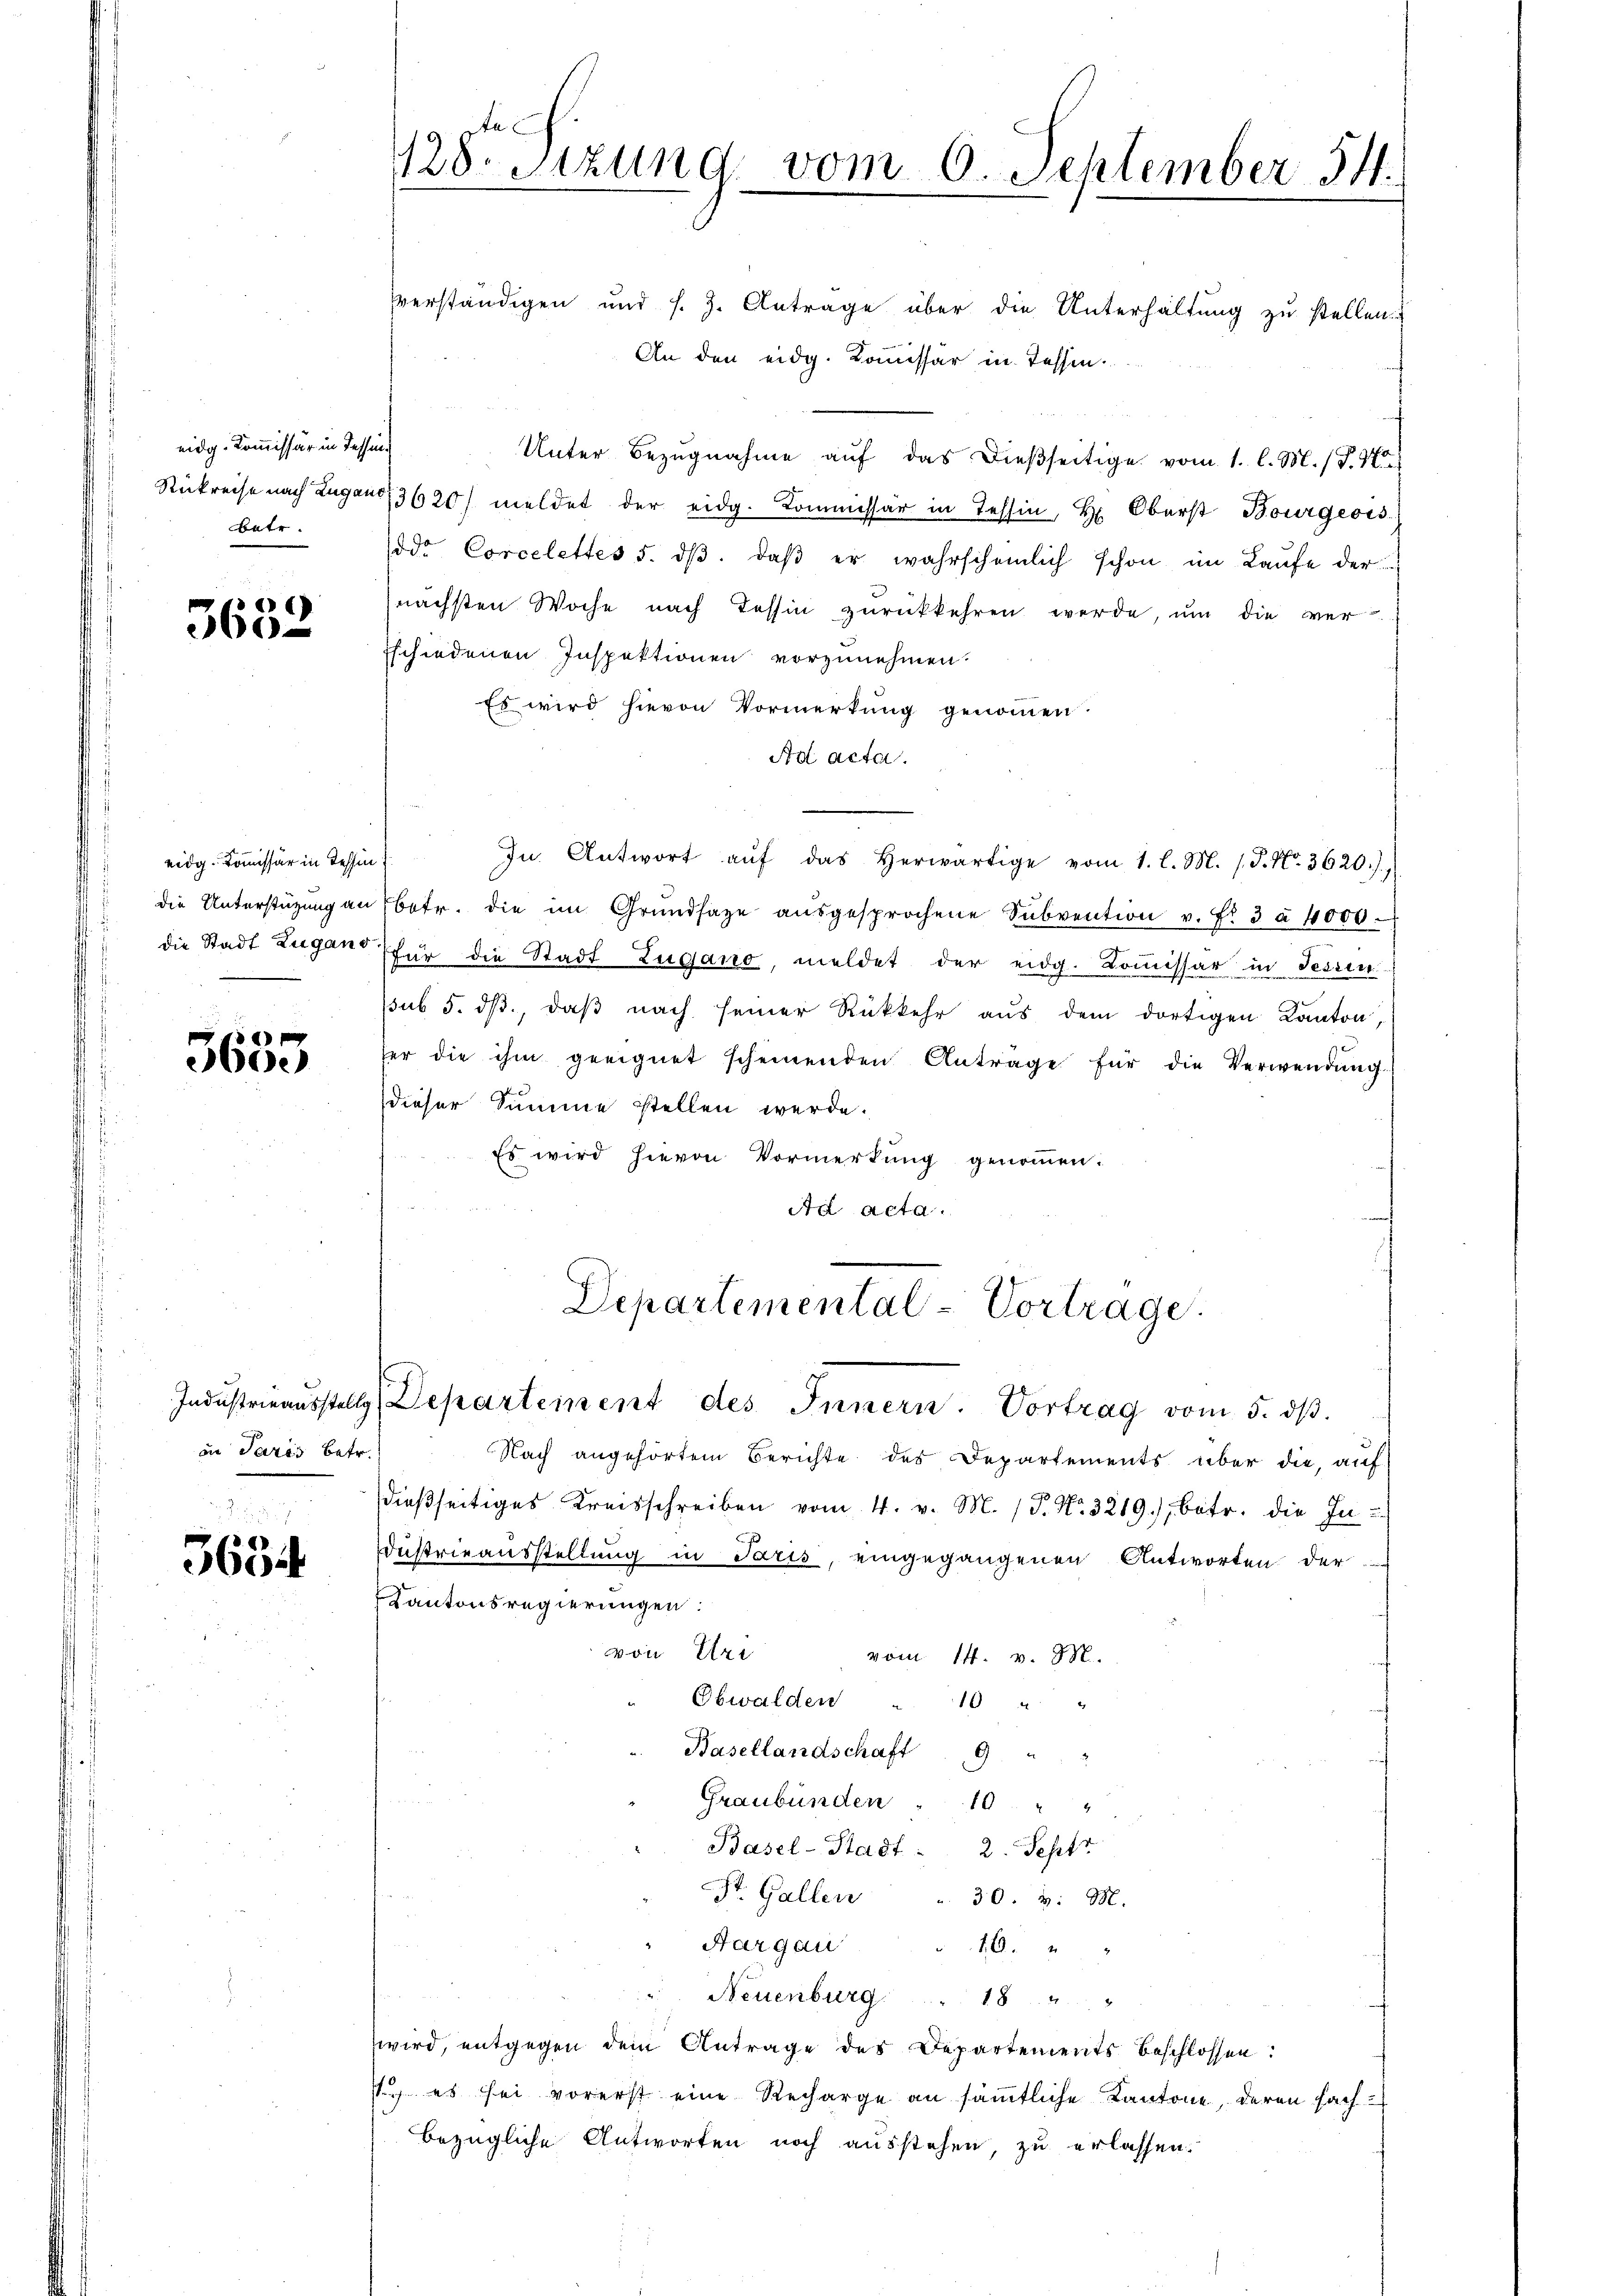
eidg. Kommissär in Tessin
batr.

3632

eidg. Kommissär in Tessin

«
360.

in Paris betr.

363.

ta
128. Sitzung vom 6. September 14.

vverständigen und s. Z. Anträge über die Unterhaltung zu stellen.
An den eidg. Kommissär in Tessin.
Unter Bezugnahme auf das dießseitige vom 1. l. M. (T. 470
Rükreise nach Zugano, 3620) meldet der eidg. Kommissär in Tessin, Hr. Oberst Bourgeois
sode Corcelettes 5. dβ. daβ er wahrscheinlich schon im Laŭfe der
nächsten Woche nach Tessin zurückkehren werde, um die ver
Eschiedenen Inspektionen vorzunehmen.
Es wird hievon Vormerkung genommen.
Ad acta.
In Antwort aŭf das herwärtige vom 1. l. M. /.P. Nr. 3620.)
die Unterstüzung an betr. die im Grŭndsaze aŭsgesprochene Subvention v. Fr. 3 à 1000.
die Stadt Zugano für die Stadt Lugano, meldet der eidg. Kommissar in Tessin
sub 5. dβ, daβ nach seiner Rückkehr aus dem dortigen Kanton,
ser die ihm geeignet scheinenden Anträge für die Verwendŭng
dieser Summe stellen werde.
Es wird hievon Vormerkung genoṁen.
.
Ad acta.

Departemental-Vortrage.
Industrieausstellg Departement des Innern. Vortrag vom 5. dβ.

Nach angehörtem Berichte des Departements über die, auf
dießseitiges Kreisschreiben vom 4. v. M. (T. No. 3219), betr. die In-
dustrieausstellung in Paris, eingegangenen Antworten der
Kantonsregierungen:
von Uri
vom 14. v. M.
Obwalden 10 " "
Basellandschaft 9 " "
Graubünden 10 " "
Basel-Stadt: 2. Septr
St. Gallen " 30. v. M.
Hargau
16.
" Neuenburg " 18 " "
wird, entgegen dem Antrage des Departements beschlossen:
) es sei vorerst eine Recharge an sämmtliche Kantone, deren Fachbezügliche Antworten noch ausstehen, zu erlassen.